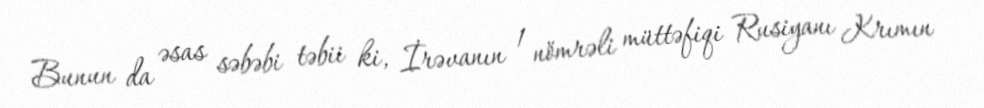
Bunun da əsas səbəbi təbii ki, İrəvanın 1 nömrəli müttəfiqi Rusiyanı Krımın